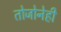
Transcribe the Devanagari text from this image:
तोजोनेही